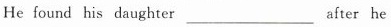
He found his daughter___after he